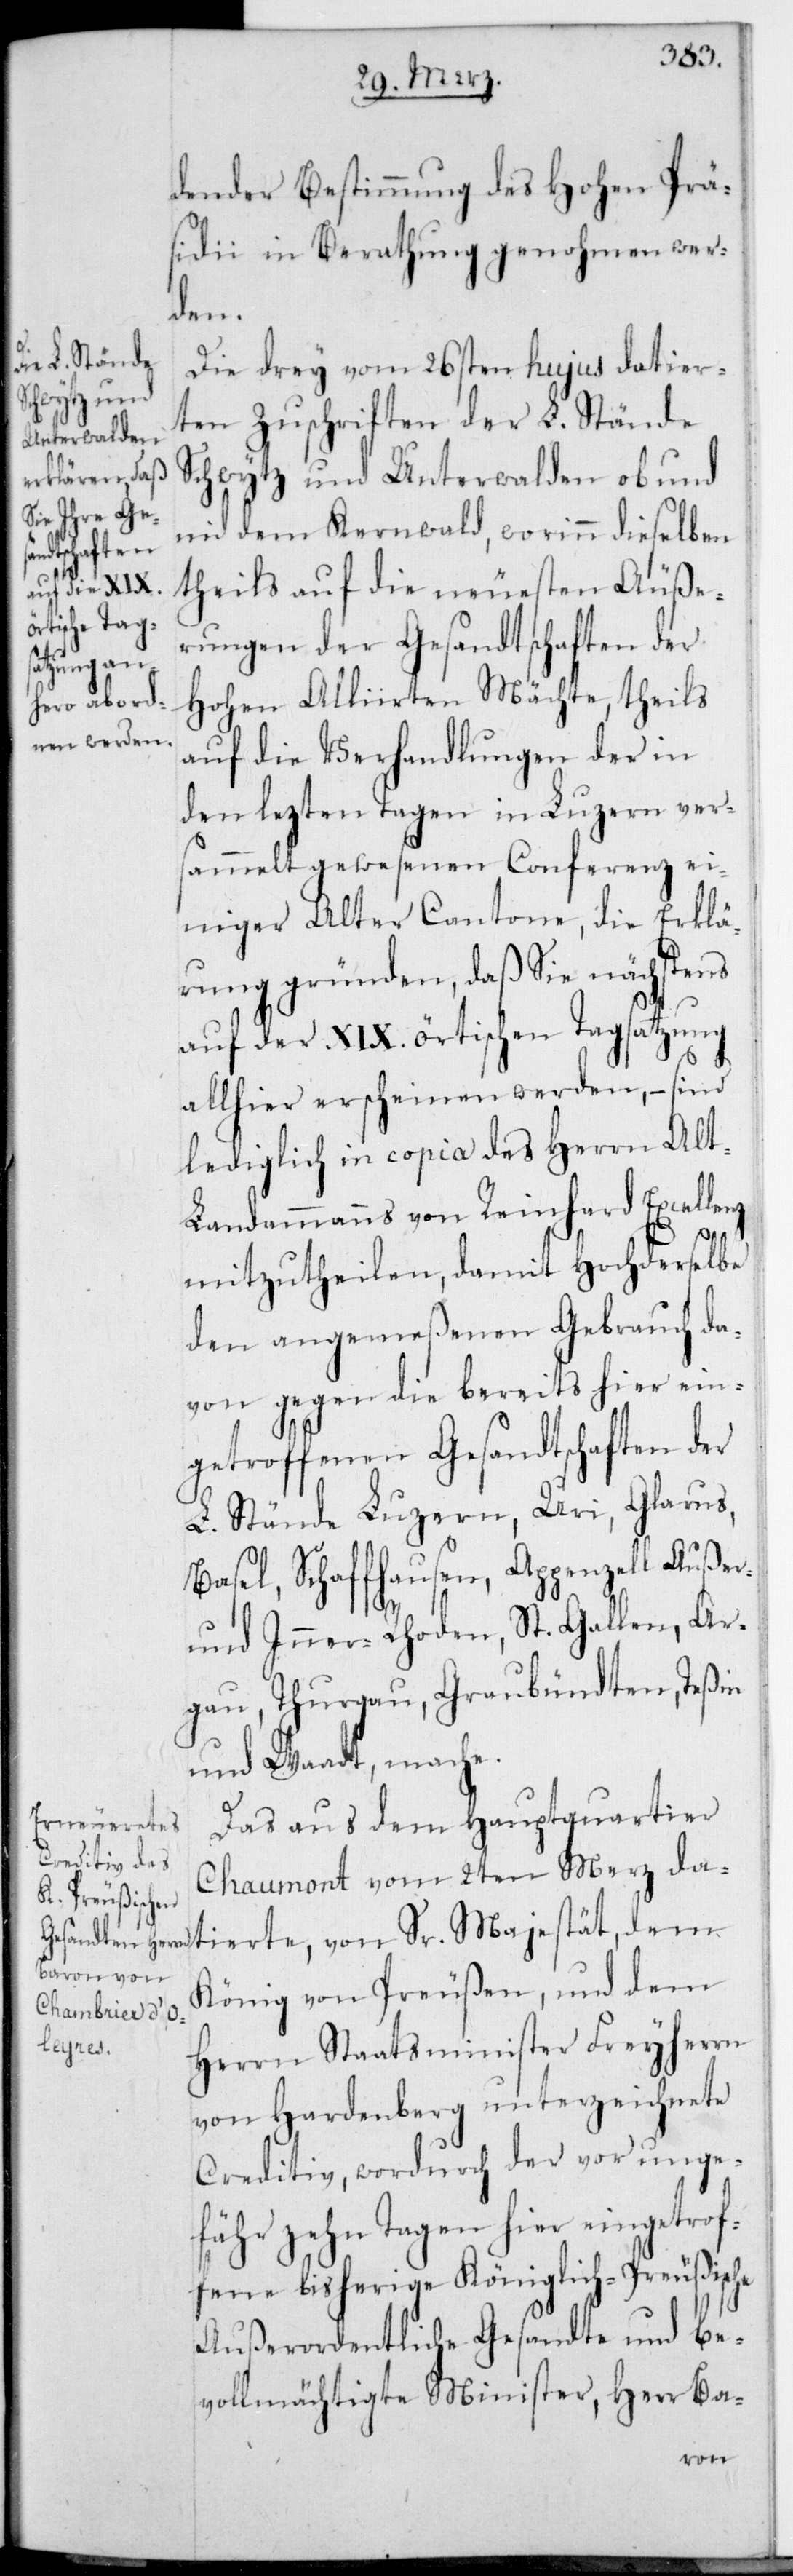
dender Bestimmung des Hohen Prä¬
sidii in Berathung genohmen wer¬
dem
Die drey vom 26sten hujus datier¬
ten Zuschriften der L. Stände
Schwytz und Unterwalden ob und
nid dem Kernwald, worinn dieselben
theils auf die neuesten Äuße¬
rungen der Geandtschaften der
Hohen Alliierten Mächte, theils
auf die Verhandlungen der in
den lezten Tagen in Luzern vers¬
ammelt gewesenen Conferenz ei¬
niger Alter Cantone, die Erklä¬
rung gründen, daß Sie nächstens
auf der XIX. örtischen Tagsatzung
allhier erscheinen werden, – sind
lediglich in copia des Herrn Alt¬
landammanns von Reinhard Excellenz
mitzutheilen, damit Hochderselbe
den angemeßenen Gebrauch da¬
von gegen die bereits hier ein¬
getroffenen Gesandtschaften der
L. Stände Luzern, Uri, Glarus,
Basel, Schaffhausen, Appenzell Außer
und Inner Rhoden, St. Gallen, Ar¬
gau, Thurgau, Graubündten, Teßin
und Waadt mache.
Das aus dem Hauptquartier
Chaumont vom 2ten Merz da¬
König von Preußen und dem
tierte,
Herrn Staatsminister Freiherrn
von Hardenberg unterzeichnete
Creditiv, wordurch der vor unge¬
fähr zehn Tagen hier eingetrof¬
fene bisherige Königlich-Preußische
außerordentliche Gesandte und be¬
vollmächtigte Minister, Herr Ba-
von